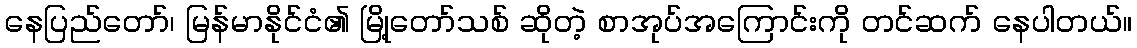
နေပြည်တော်၊ မြန်မာနိုင်ငံ၏ မြို့တော်သစ် ဆိုတဲ့ စာအုပ်အကြောင်းကို တင်ဆက် နေပါတယ်။